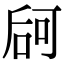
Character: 𠵲